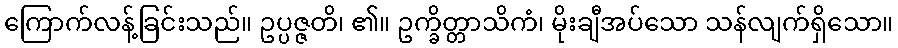
ကြောက်လန့်ခြင်းသည်။ ဥပ္ပဇ္ဇတိ၊ ၏။ ဥက္ခိတ္တာသိကံ၊ မိုးချီအပ်သော သန်လျက်ရှိသော။